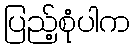
ပြည့်စုံပါက